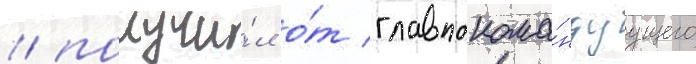
/ получи́л о́т главнокома́ндуущего